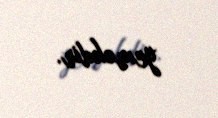
yeməkdir.